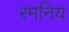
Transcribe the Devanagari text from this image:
रमनिय